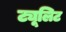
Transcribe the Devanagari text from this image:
ट्यूलिट